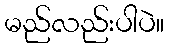
မည်လည်းပါပဲ။